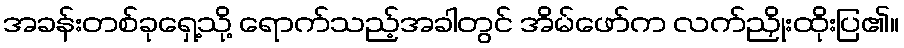
အခန်းတစ်ခုရှေ့သို့ ရောက်သည့်အခါတွင် အိမ်ဖော်က လက်ညှိုးထိုးပြ၏။